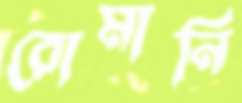
রোমানি